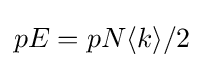
pE=pN\langle k\rangle /2